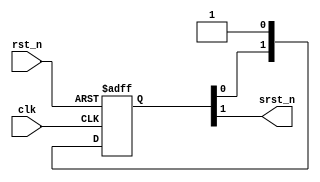
module rst_sync (
    input       wire        clk,
    input       wire        rst_n,
    output      wire        srst_n
);
//************************************************************************//
    reg     [1:0]   rst_sync;

    always @(posedge clk or negedge rst_n) begin
        if (!rst_n) begin
            rst_sync <= 2'd0;
        end
        else begin
            rst_sync <= {rst_sync[0], 1'b1};
        end
    end

    assign srst_n = rst_sync[1];
endmodule //rst_sync